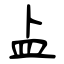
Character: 盀